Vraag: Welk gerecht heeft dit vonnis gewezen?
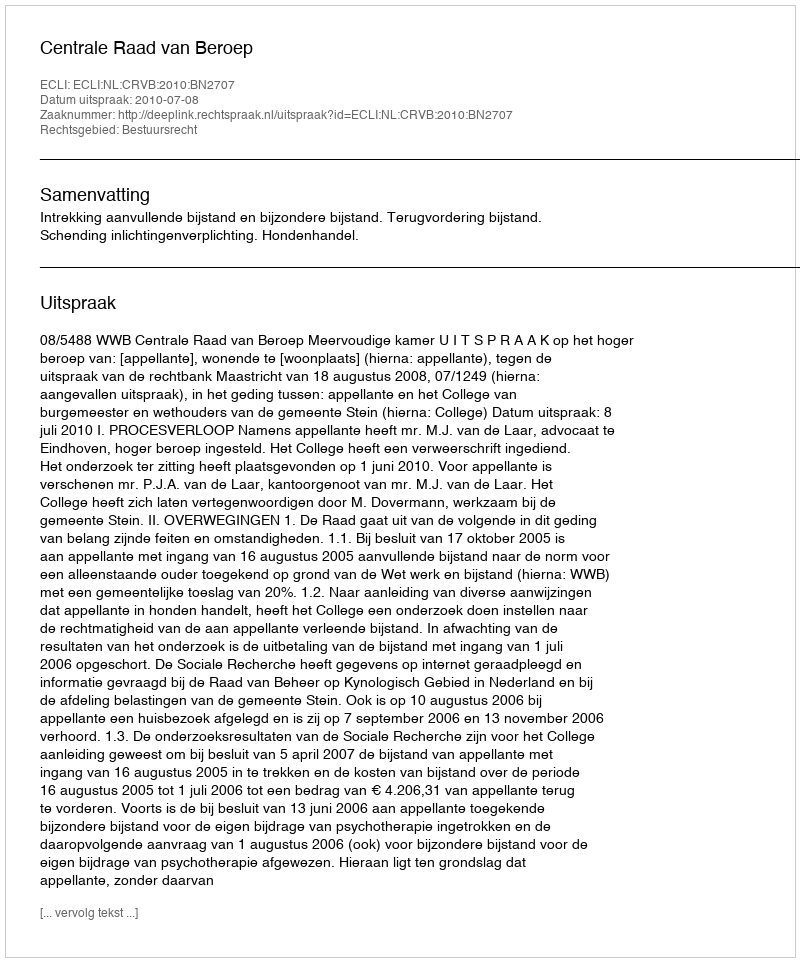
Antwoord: Centrale Raad van Beroep